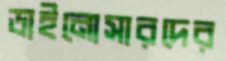
ডাইনোসারদের